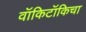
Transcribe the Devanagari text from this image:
वॉकिटॉकिचा